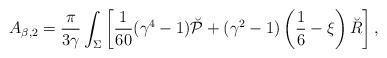
LaTeX: \begin{align*}A_{\beta,2}={\pi \over 3\gamma}\int_{\Sigma}\left[{1 \over 60}(\gamma^4-1)\breve{\cal P}+(\gamma^2-1)\left(\frac 16-\xi\right) \breve{R} \right],\end{align*}